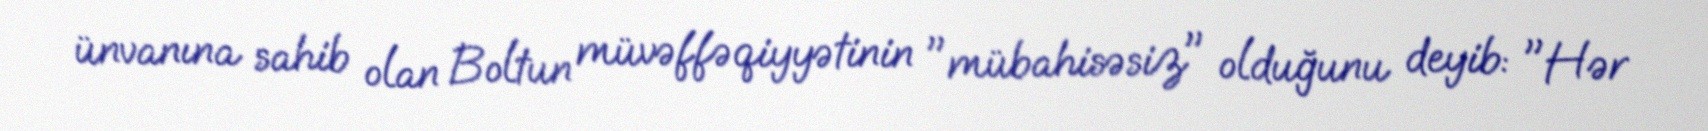
ünvanına sahib olan Boltun müvəffəqiyyətinin "mübahisəsiz" olduğunu deyib: "Hər